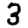
Digit: 3